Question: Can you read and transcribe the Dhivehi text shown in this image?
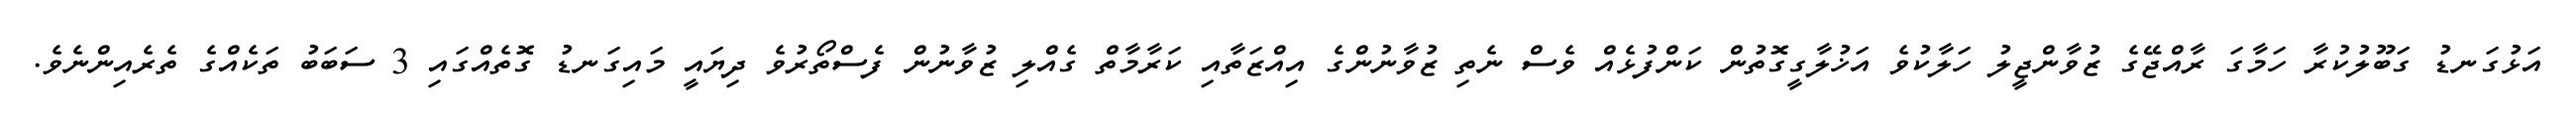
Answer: އަޅުގަނޑު ގަބޫލުކުރާ ހަމާގަ ރާއްޖޭގެ ޒުވާންޖީލު ހަލާކުވެ އަޚުލާގީގޮތުން ކަންފުޅެއް ވެސް ނެތި ޒުވާނުންގެ އިއްޒަތާއި ކަރާމާތް ގެއްލި ޒުވާނުން ފެސްތޯރުވެ ދިޔައީ މައިގަނޑު ގޮތެއްގައި 3 ސަބަބު ތަކެއްގެ ތެރެއިންނެވެ.